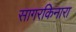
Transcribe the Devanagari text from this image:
सागरकिनारा